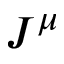
J ^ { \mu }